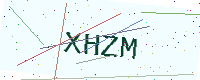
Text: XHZM